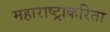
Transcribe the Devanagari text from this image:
महाराष्ट्राकरिता